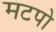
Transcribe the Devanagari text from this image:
मटपो